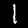
Digit: 1